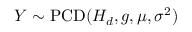
Y \sim \operatorname { P C D } ( H _ { d } , g , \mu , \sigma ^ { 2 } )